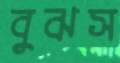
বুঝস